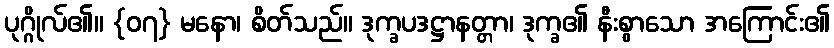
ပုဂ္ဂိုလ်၏။ {၀၇} မနော၊ စိတ်သည်။ ဒုက္ခပဒဋ္ဌာနတ္တာ၊ ဒုက္ခ၏ နီးစွာသော အကြောင်း၏